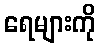
ရေများကို